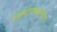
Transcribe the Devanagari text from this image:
एकवटण्याकरीता